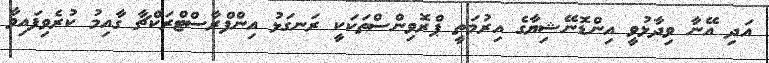
އަދި އޭނާ ވިދާޅުވީ އިންޑޮނޭޝިޔާގެ އިރުމަތީ ޕްރޮވިންސްތަކަކީ ރަނގަޅު އިންފްރާސްޓްރަކްޗާ ގާއިމު ކުރެވިފައިވާ